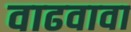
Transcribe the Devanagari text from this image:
वाढवावा